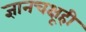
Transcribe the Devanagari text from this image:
ज्ञानचक्षूही